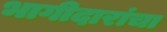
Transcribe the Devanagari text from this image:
भागीदारांचा